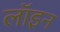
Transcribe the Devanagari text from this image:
लॉइन